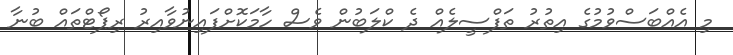
މި އެއްބަސްވުމުގެ އިތުރު ތަފްސީލެއް ދެ ކްލަބުން ވެސް ހާމަކޮށްފައިނުވާއިރު ރިޕޯޓްތައް ބުނާ